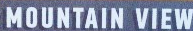
MOUNTAIN VIEM